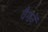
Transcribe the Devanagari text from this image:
वैगनें